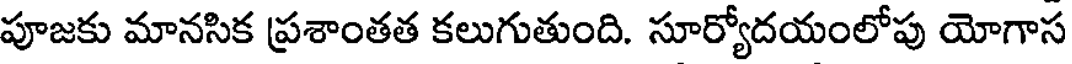
పూజకు మానసిక ప్రశాంతత కలుగుతుంది. సూర్యోదయంలోపు యోగాస